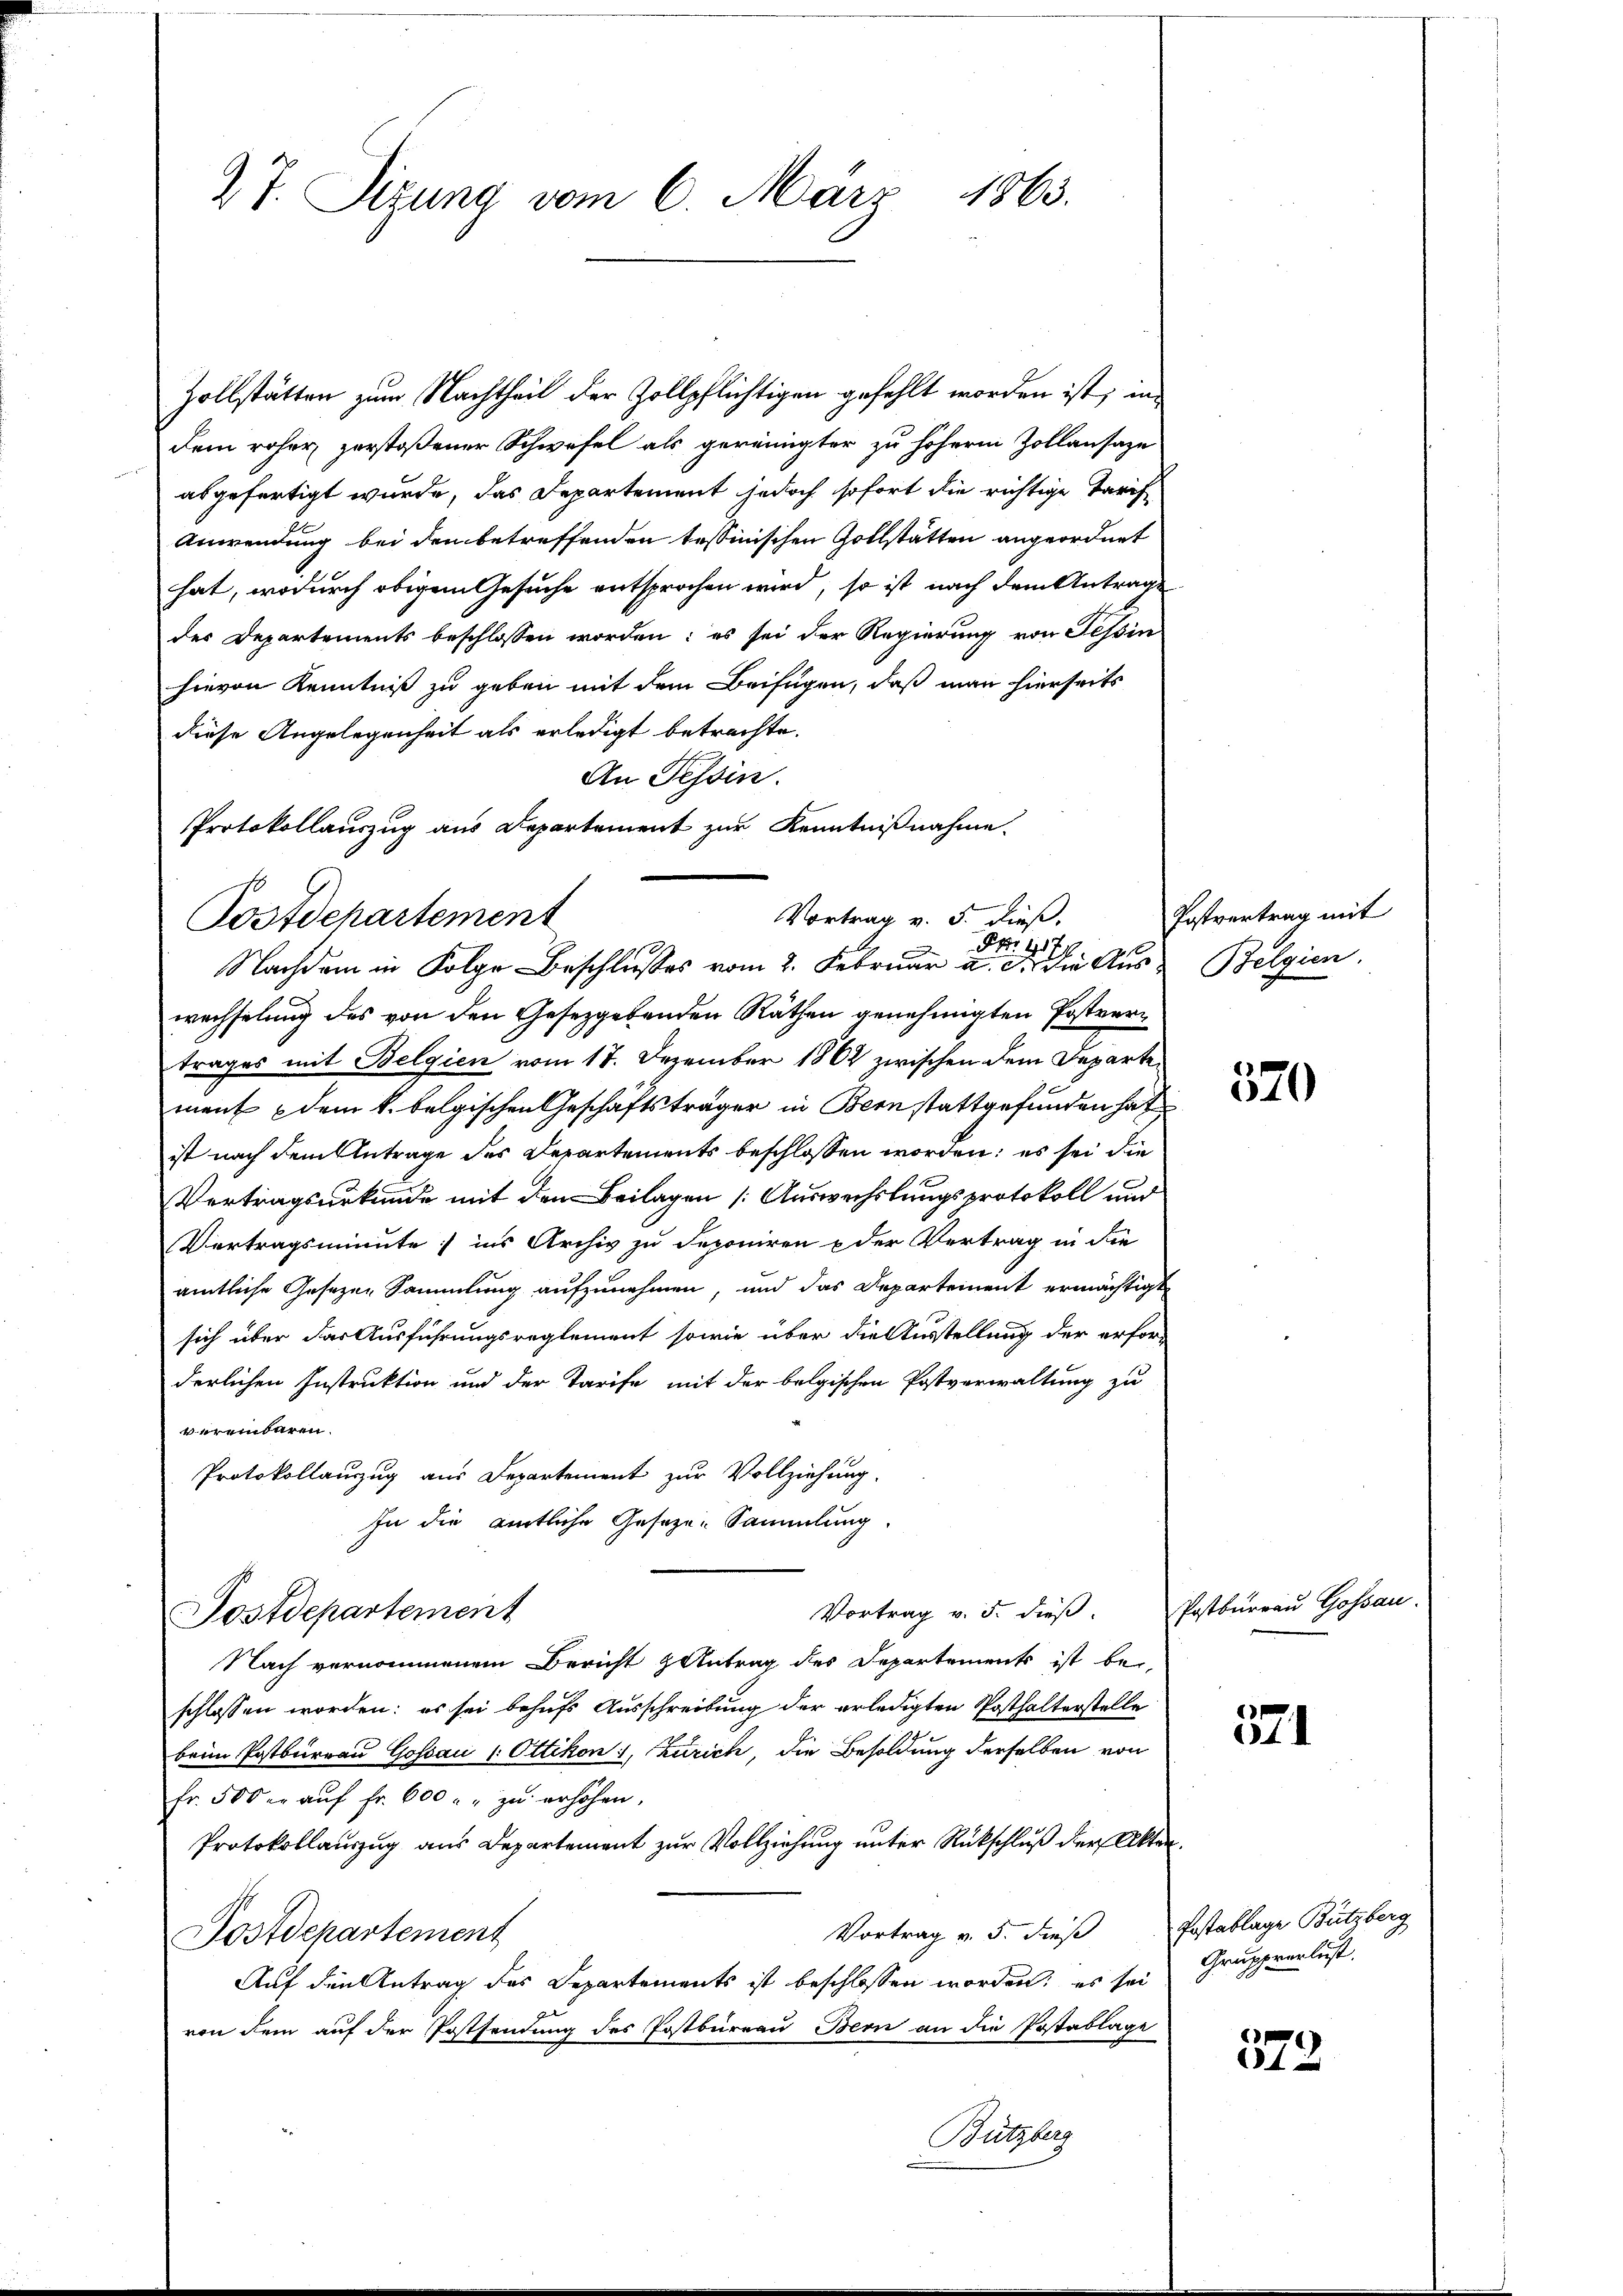
2 J. Sizung vom 6. März 1863.

Zollstätten zum Nachtheil der Zollpflichtigen gefehlt worden ist, in
dem roher zerstoßener Schwefel als gereinigter zu höhern Zollansaze
abgefertigt wurde, das Departement jedoch sofort die richtige Tarif
Anwendung bei den betreffenden tessinischen Gottstätten angeordnet
hat, wodurch obigem Gesuche entsprochen wird, so ist nach dem Antrag
der Departements beschlossen worden; es sei der Regierung von Tessin
hievon Kenntniß zu geben mit dem Beifügen, daß man hierseits
diese Angelegenheit als erledigt betrachte.
An Tessin.
Protokollauszug aus Departement zur Kenntnißnahme.
Postdepartement
wechselung des von den Gesetzgebenden Räthen genehmigten Postvertrages mit Belgien vom 17. Dezember 1862 zwischen dem Departe
ment dem k. belgischen Geschäftsträger in Bern stattgefunden hat
ist nach dem Antrage des Departements beschlossen worden; es sei die
Vertragsurkunde mit den Beilagen Auswechslungsprotokoll und
Vertragsminute; ins Archiv zu deponiren & der Vertrag in die
amtliche Gesezen Sammlung aufzunehmen, und das Departement ermächtig
sich über das Ausführungsreglement sowie über die Ausstellung der erfor
derlichen Instruktion und der Tarife mit der belgischen Postverwaltung zu
vereinbaren.
Protokollauszug aus Departement zur Vollziehung.
In die amtliche Geseze-Sammlung.
Vortrag v. 5. dieß.
Postdepartement
Nach vernommenem Bericht Antrag des Departements ist bei
schlossen worden: es sei behufs Ausschreibung der erledigten Posthalterstelle
beim Postbureau Gossau 1. Ottikon), Zürich, die Besoldung derselben von
fr. 500 er aŭf Fr. 600 " zŭ erhöhen.
Protokollauszug aus Departement zur Vollziehung unter Rückschluß der Akt
Vortrag v. 5. dieß
Postdepartement
Auf den Antrag des Departements ist beschlossen worden; es sei
von dem auf der Postsendung des Postbüreau Bern an die Postablage
Butzberg

Vortrag v. 5. dieß.
Fpro 1907.
Nachdem in Folge Beschlusses vom 2. Februar a. c. die Aus- Belgien.

Postvertrag mit

.
i

570

Postburrau Gossau.

e
4

572

Postablage Butzberg
Gruppverlust.